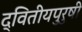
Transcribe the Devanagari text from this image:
द्वितीयपुरुषी